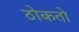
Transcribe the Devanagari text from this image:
ठोकतो